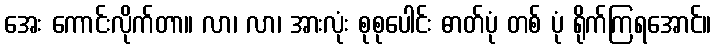
အေး ကောင်းလိုက်တာ။ လာ၊ လာ၊ အားလုံး စုစုပေါင်း ဓာတ်ပုံ တစ် ပုံ ရိုက်ကြရအောင်။